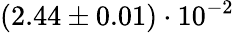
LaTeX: (2.44\pm 0.01)\cdot 10^{-2}